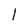
Character: 1